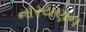
નારયણન